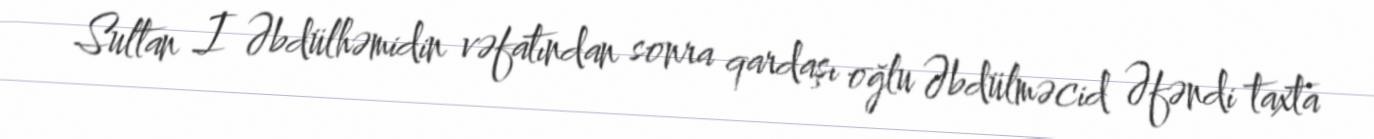
Sultan I Əbdülhəmidin vəfatından sonra qardaşı oğlu Əbdülməcid Əfəndi taxta